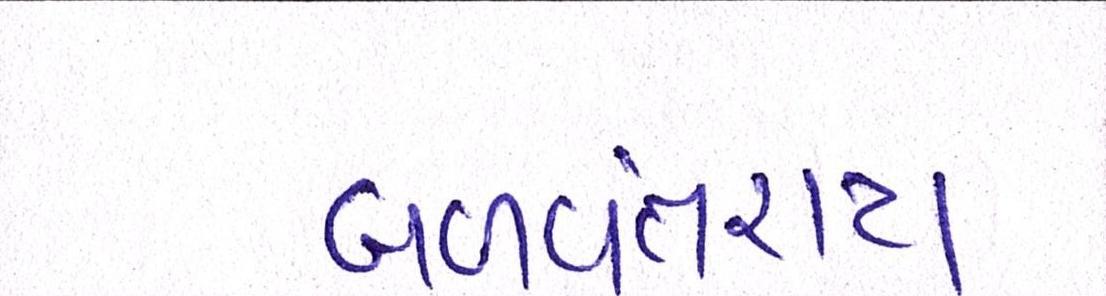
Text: બળવંતરાય